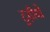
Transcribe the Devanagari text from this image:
ट्रहीयो